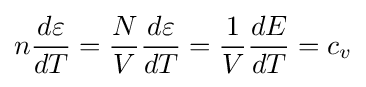
n{\frac {d\varepsilon }{dT}}={\frac {N}{V}}{\frac {d\varepsilon }{dT}}={\frac {1}{V}}{\frac {dE}{dT}}=c_{v}